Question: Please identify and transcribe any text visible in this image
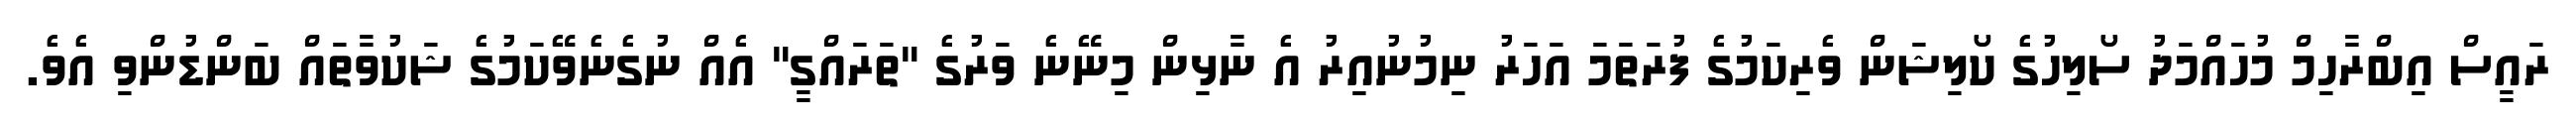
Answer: ރައީސް އިބްރާހިމް މުހައްމަދު ސޯލިހުގެ ކޯލިޝަން ވެރިކަމުގެ ފުރަތަމަ އަހަރު ނިމުނުއިރު އެ ނާޅިން މިނޭނެ ވަރުގެ "ތަރައްގީ" އެއް ނުގެނެވޭކަމުގެ ޝަކުވާތައް ބަންޑުންވި އެވެ.